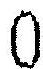
0